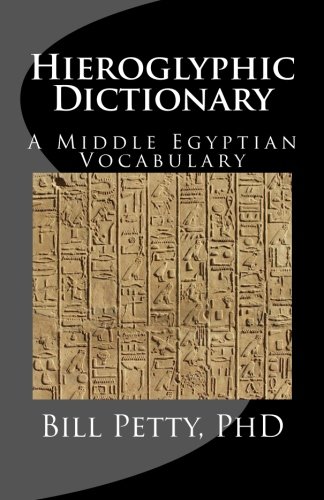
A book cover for Hieroglyphic Dictionary: A Vocabulary of the Middle Egyptian Language; Bill Petty PhD; Reference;